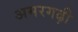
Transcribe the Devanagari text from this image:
अमरगढ़ी